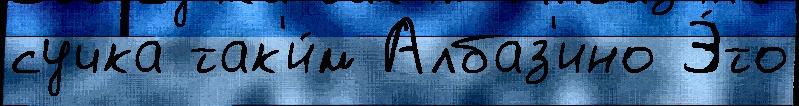
сучка так'и́м Албаз'ино Э́то